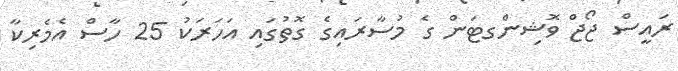
ރައީސް ޖޯޖް ވޮޝިންގޓަން ގެ މުސާރައިގެ ގޮތުގައި އަހަރަކު 25 ހާސް އެމެރިކާ